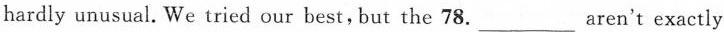
hardly unusual. We tried our best,，but the 78.___ aren't exactly